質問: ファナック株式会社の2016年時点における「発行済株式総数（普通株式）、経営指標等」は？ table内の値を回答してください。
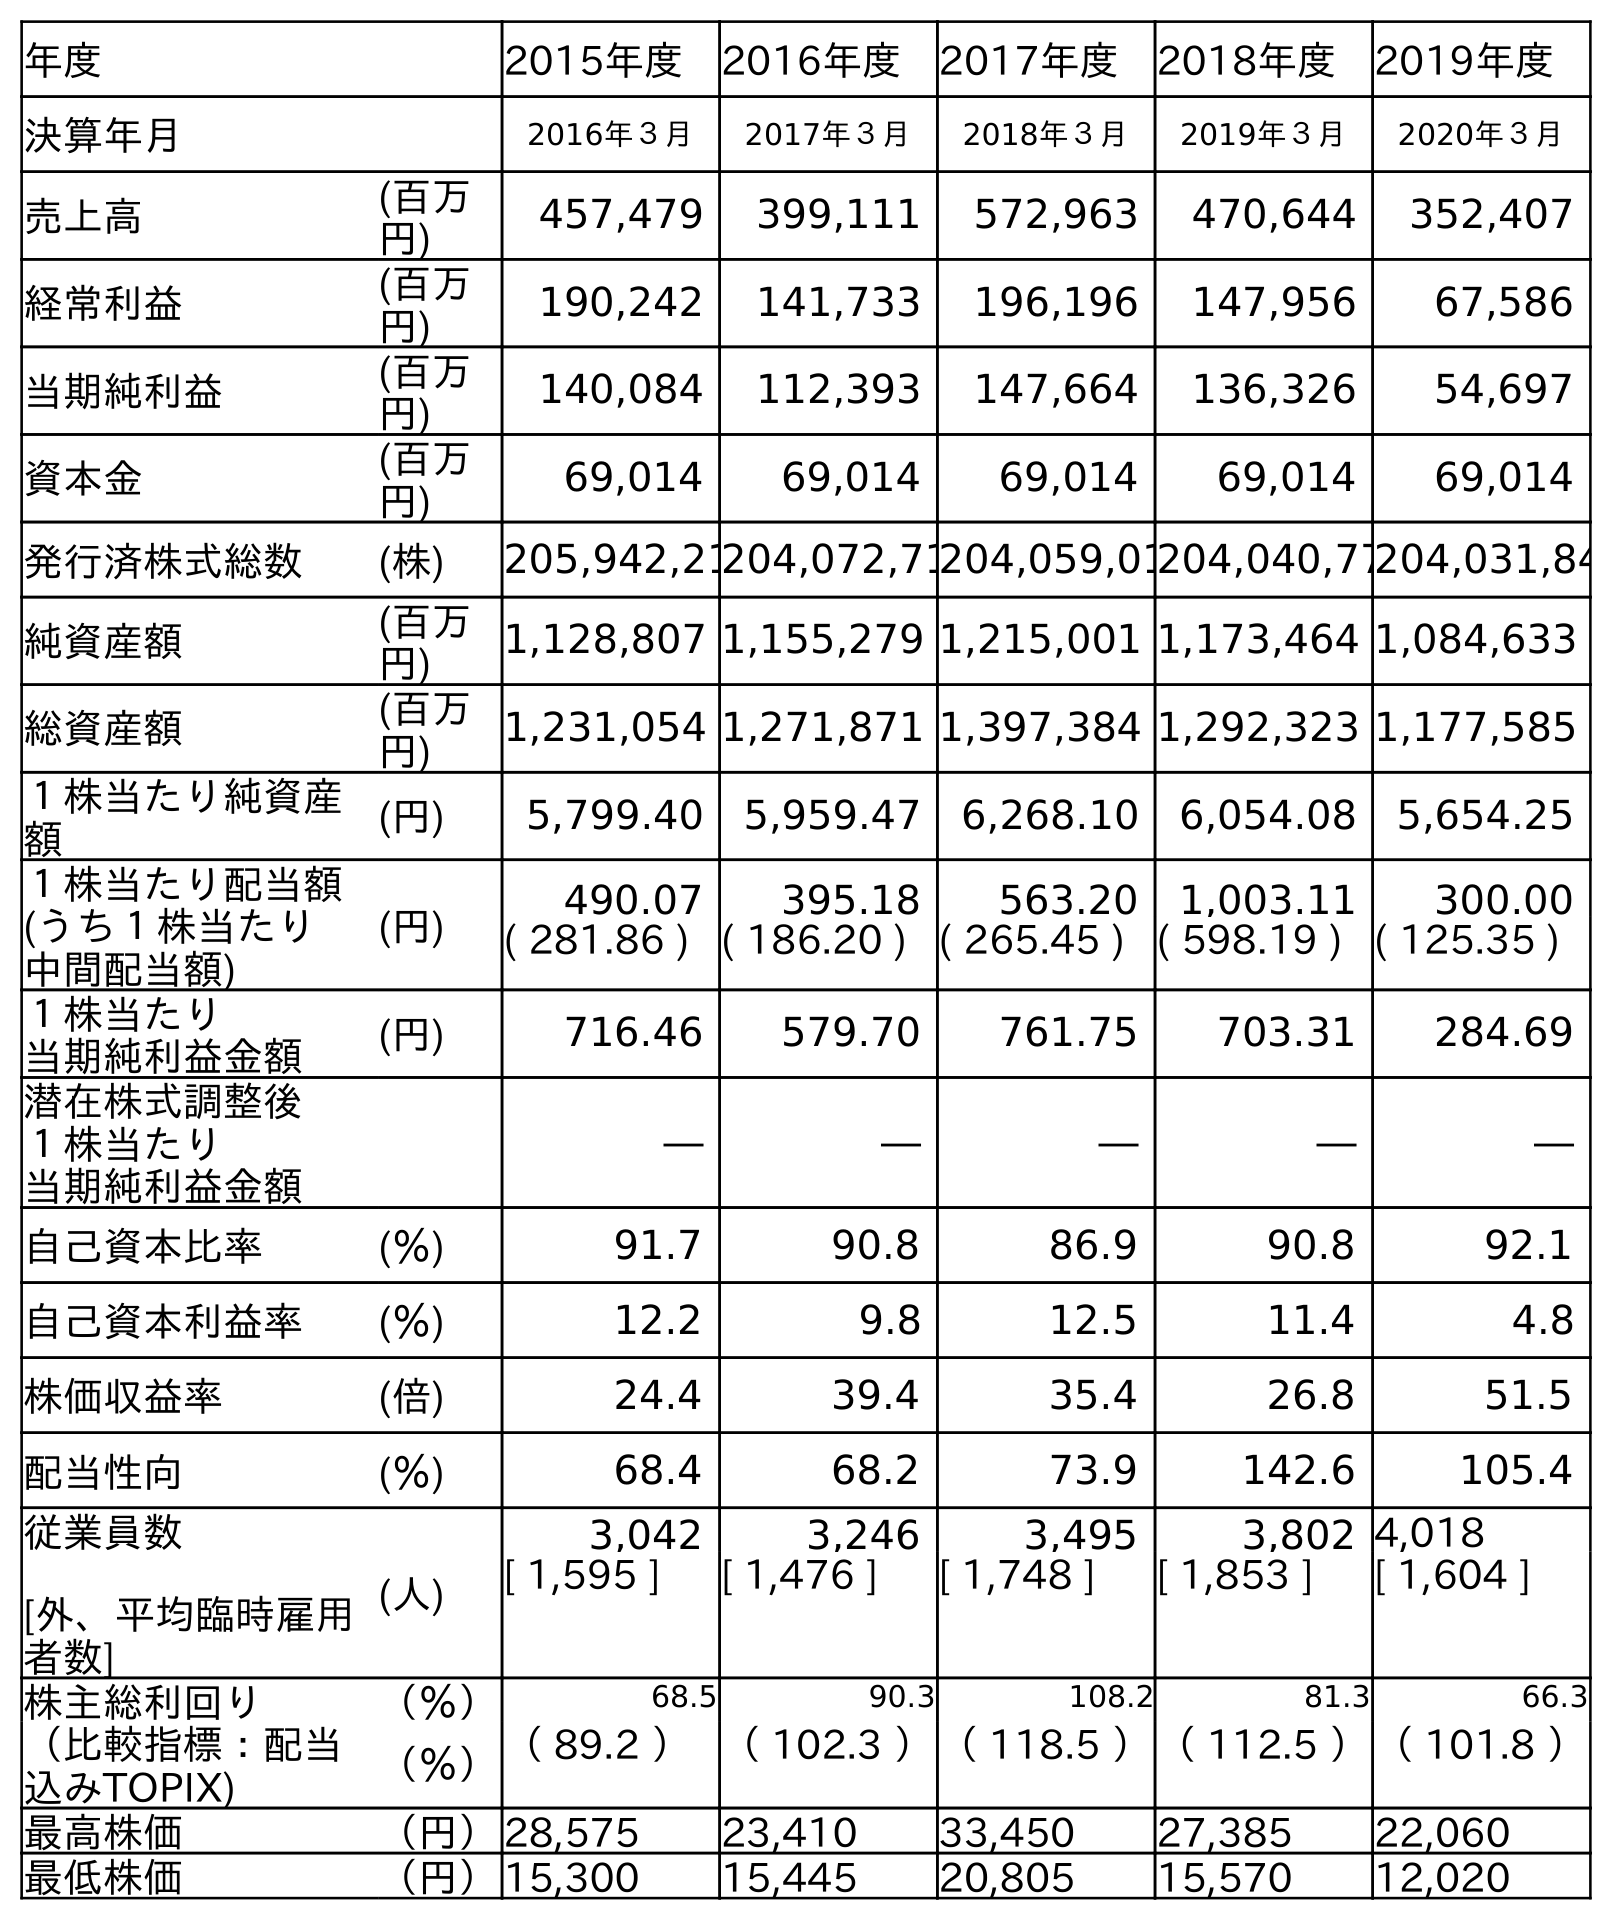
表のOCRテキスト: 年度 2015年度 2016年度 2017年度 2018年度 2019年度 決算年月 2016年３月 2017年３月 2018年３月 2019年３月 2020年３月 売上高 (百万 円) 457,479 399,111 572,963 470,644 352,407 経常利益 (百万 円) 190,242 141,733 196,196 147,956 67,586 当期純利益 (百万 円) 140,084 112,393 147,664 136,326 54,697 資本金 (百万 円) 69,014 69,014 69,014 69,014 69,014 発行済株式総数 (株) 205,942,21204,072,71204,059,01204,040,77204,031,84 純資産額 (百万 円) 1,128,807 1,155,279 1,215,001 1,173,464 1,084,633 総資産額 (百万 円) 1,231,054 1,271,871 1,397,384 1,292,323 1,177,585 １株当たり純資産 額 (円) 5,799.40 5,959.47 6,268.10 6,054.08 5,654.25 １株当たり配当額 (うち１株当たり 中間配当額) (円) 490.07 395.18 563.20 1,003.11 300.00 ( 281.86 ) ( 186.20 ) ( 265.45 ) ( 598.19 ) ( 125.35 ) １株当たり 当期純利益金額 (円) 716.46 579.70 761.75 703.31 284.69 潜在株式調整後 １株当たり 当期純利益金額 ― ― ― ― ― 自己資本比率 (％) 91.7 90.8 86.9 90.8 92.1 自己資本利益率 (％) 12.2 9.8 12.5 11.4 4.8 株価収益率 (倍) 24.4 39.4 35.4 26.8 51.5 配当性向 (％) 68.4 68.2 73.9 142.6 105.4 従業員数 [外、平均臨時雇用 者数] (人) 3,042 3,246 3,495 3,802 4,018 [ 1,595 ] [ 1,476 ] [ 1,748 ] [ 1,853 ] [ 1,604 ] 株主総利回り （％） 68.5 90.3 108.2 81.3 66.3 （比較指標：配当 込みTOPIX) （％）（ 89.2 ）（ 102.3 ）（ 118.5 ）（ 112.5 ）（ 101.8 ） 最高株価 （円）28,575 23,410 33,450 27,385 22,060 最低株価 （円）15,300 15,445 20,805 15,570 12,020
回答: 205,942,215